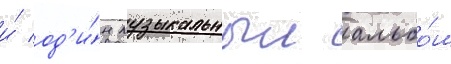
и́ од'и́н музыкальныи альбо́м